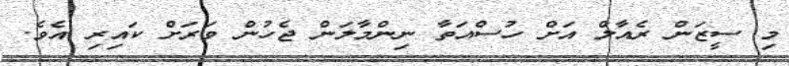
މި ސީޒަން ރެއާލް އަށް ހުސްއަތާ ނިންމާލަން ޖެހުން ވަރަށް ކައިރި އެވެ.